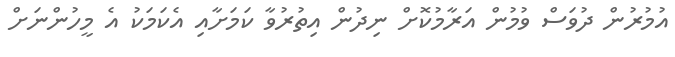
އުމުރުން ދުވަސް ވުމުން އަރާމުކޮށް ނިދުން އިތުރުވާ ކަމަށާއި އެކަމަކު އެ މީހުންނަށް